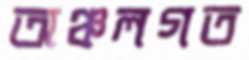
অঞ্চলগত